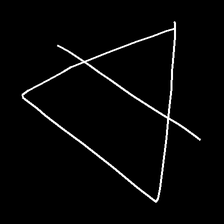
Glyph: empower